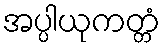
အပ္ပါယုကတ္တံ